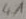
Text: 4A